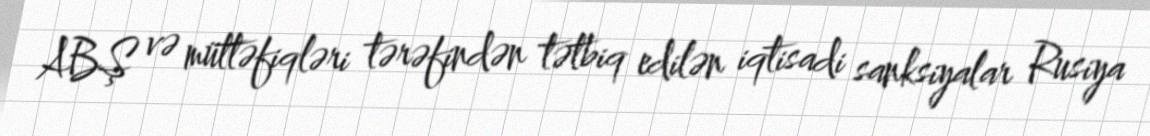
ABŞ və müttəfiqləri tərəfindən tətbiq edilən iqtisadi sanksiyalar Rusiya